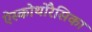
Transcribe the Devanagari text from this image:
ऐस्कोथोरैसिका